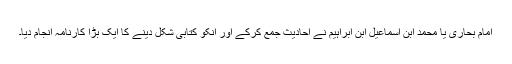
امام بحاری یا محمد ابن اسماعیل ابن ابراہیم نے احادیث جمع کرکے اور انکو کتابی شکل دینے کا ایک بڑا کارنامہ انجام دیا۔